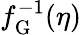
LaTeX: f_{\mathrm{G}}^{-1}(\eta)